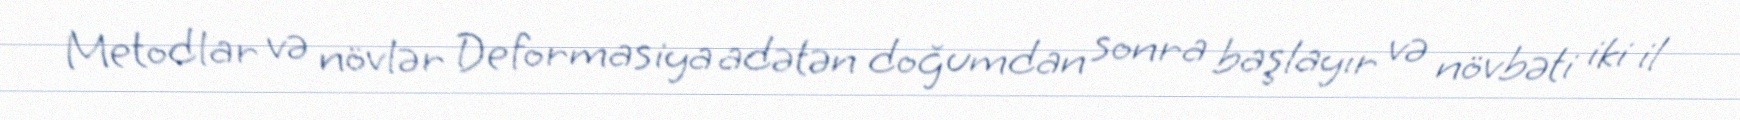
Metodlar və növlər Deformasiya adətən doğumdan sonra başlayır və növbəti iki il